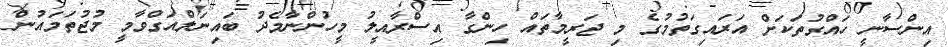
އިންސާނީ ހައްގުތަކަށް އަރައިގަތުމުގެ މި ޖަރީމާތައް ހިންގާ އިސްރާއީލު މީހުންނާމެދު ބައިނަލްއަގްވާމީ މުޖުތަމައުން